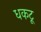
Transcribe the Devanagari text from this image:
धकटू